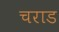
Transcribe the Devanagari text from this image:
चराड